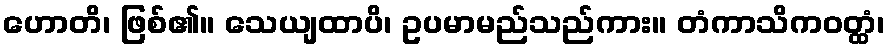
ဟောတိ၊ ဖြစ်၏။ သေယျထာပိ၊ ဥပမာမည်သည်ကား။ တံကာသိကဝတ္ထံ၊